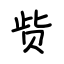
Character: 赀